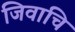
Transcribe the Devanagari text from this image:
जिवाचि